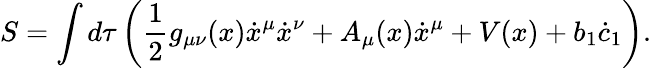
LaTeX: S=\int{d\tau\left(\frac{1}{2}g_{\mu\nu}(x)\dot{x}^{\mu}\dot{x}^{\nu}+A_{\mu}(x)\dot{x}^{\mu}+V(x)+b_{1}\dot{c}_{1}\right)}.